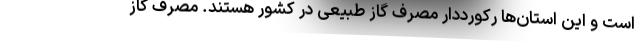
است و این استان‌ها رکورددار مصرف گاز طبیعی در کشور هستند. مصرف گاز